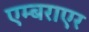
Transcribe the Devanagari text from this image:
एम्बराएर